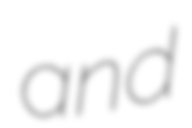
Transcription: and